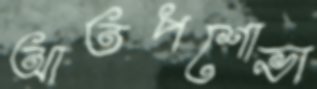
আতপশোভা